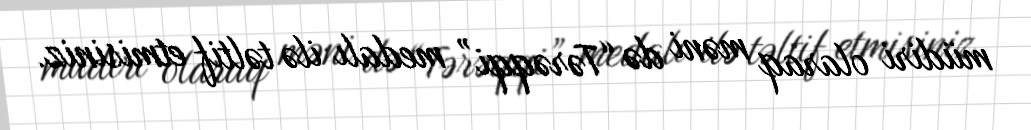
müdiri olaraq məni də “Tərəqqi” medalı ilə təltif etmisiniz.